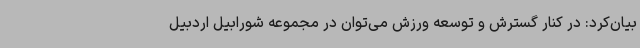
بیان‌کرد: در کنار گسترش و توسعه ورزش می‌توان در مجموعه شورابیل اردبیل